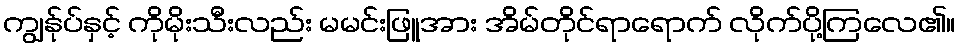
ကျွန်ုပ်နှင့် ကိုမိုးသီးလည်း မမင်းဖြူအား အိမ်တိုင်ရာရောက် လိုက်ပို့ကြလေ၏။